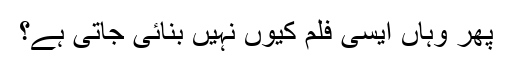
پھر وہاں ایسی فلم کیوں نہیں بنائی جاتی ہے؟